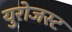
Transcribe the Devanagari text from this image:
युरोजस्ट